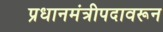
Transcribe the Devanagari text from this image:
प्रधानमंत्रीपदावरून